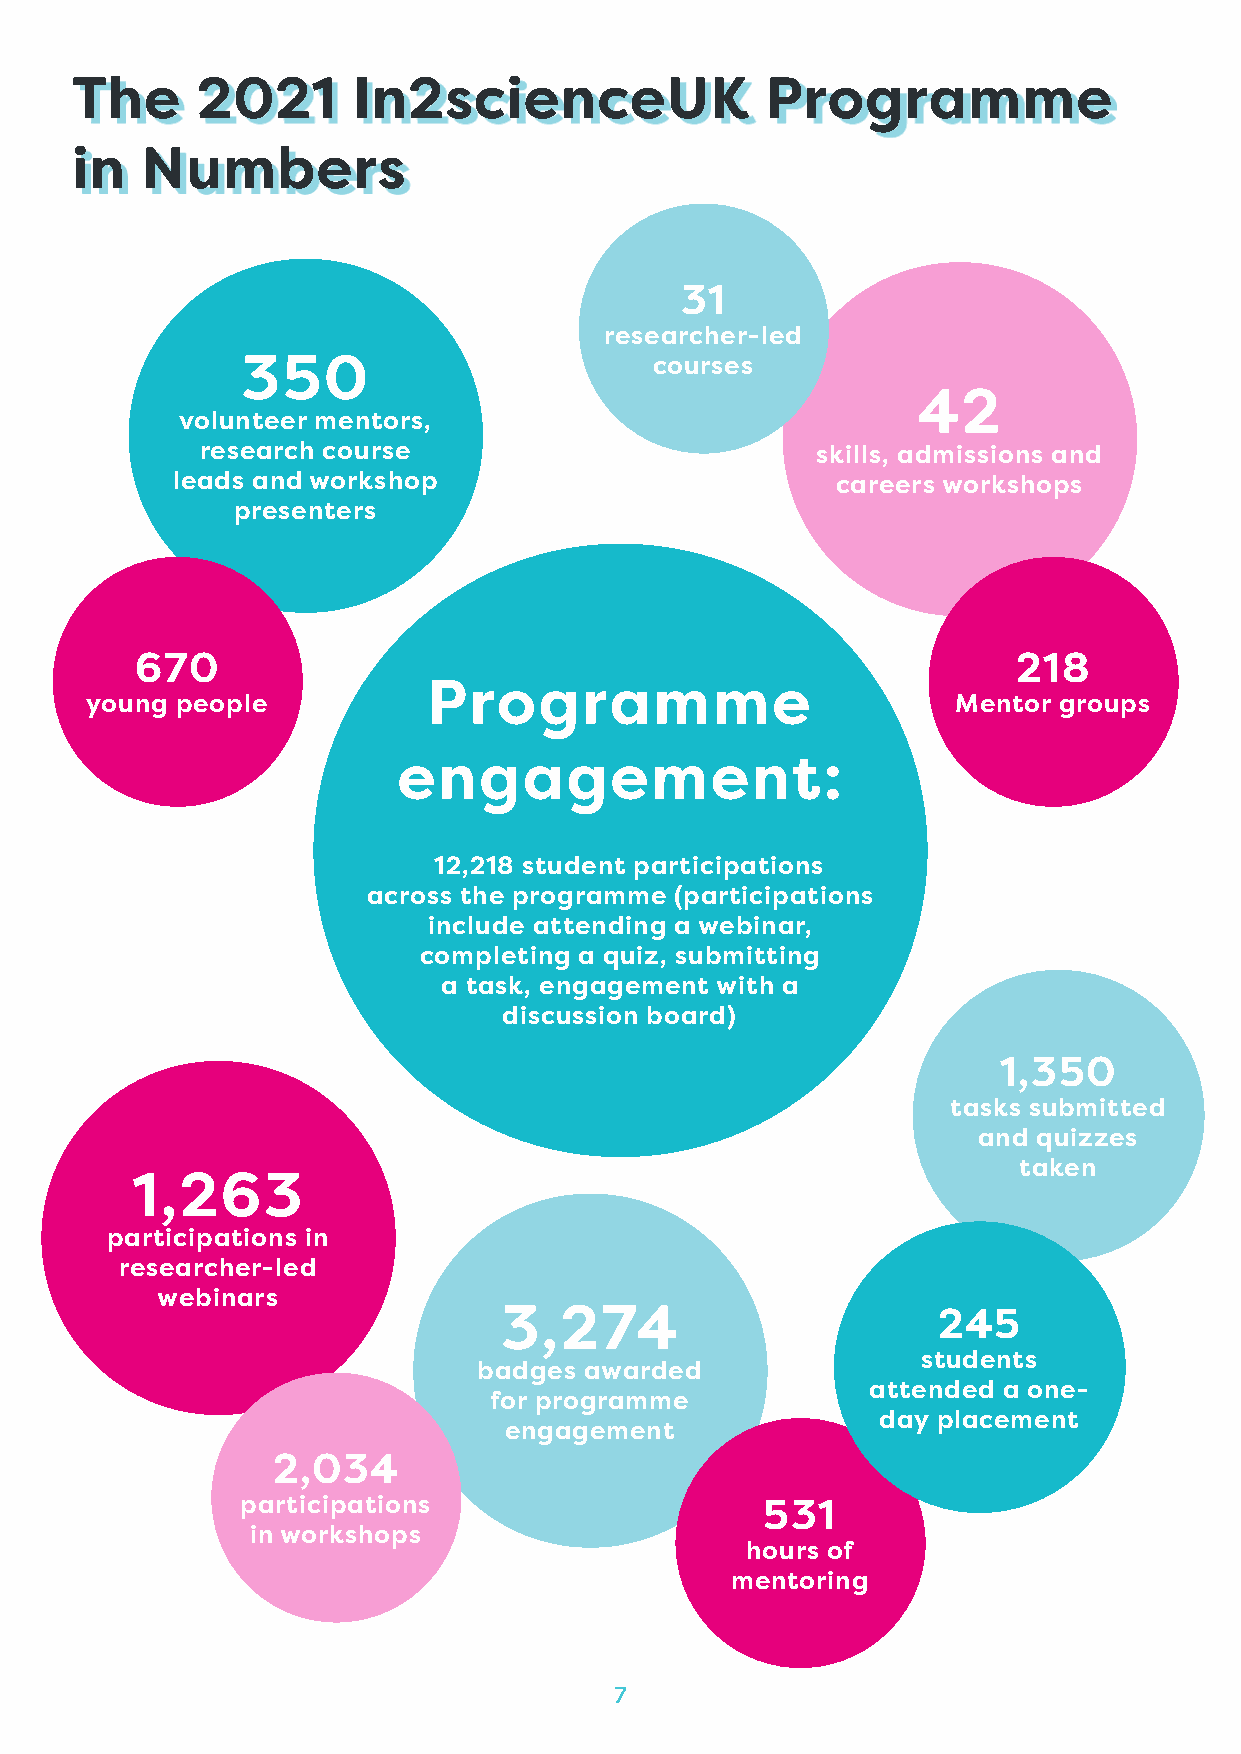
The     2021      In2scienceUK                Programme
 in  Numbers
 31
 researcher-led
 350                        courses
 42
 volunteer mentors,
 research course                          skills, admissions and
 leads and workshop                          careers workshops
 presenters
 670                                                       218
 Programme
 young people                                             Mentor groups
 engagement:
 12,218 student participations
 across the programme (participations
 include attending a webinar,
 completing a quiz, submitting
 a task, engagement with a
 discussion board)
 1,350
 tasks submitted
 and quizzes
 taken
 1,263
 participations in
 researcher-led
 webinars
 3,274                        245
 students
 badges awarded
 attended a one-
 for programme
 day placement
 engagement
 2,034
 participations                     531
 in workshops
 hours of
 mentoring
 7